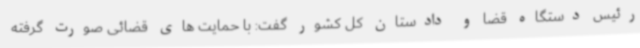
رئیس دستگاه قضا و دادستان کل کشور گفت: با حمایت های قضائی صورت گرفته